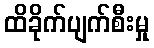
ထိခိုက်ပျက်စီးမှု